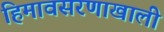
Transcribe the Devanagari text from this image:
हिमावसरणाखाली